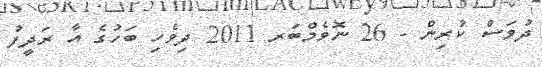
ދުވަސް ކުރިން - 26 ނޮވެމްބަރ 2011 ދިވެހި ބަހުގެ އާ ރަދީފު